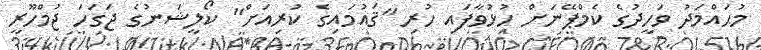
މުޙައްމަދު ވަހީދުގެ ކެމްޕޭނަށް ހުޅުވާފައި ހުރި "ޤައުމައިގެ ކުރިއަށް" ކޯލީޝަނުގެ ޖަގަހަ ޖުމްހޫރީ